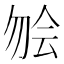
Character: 𫧃